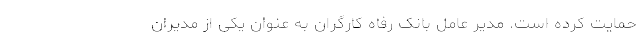
حمایت کرده است. مدیر عامل بانک رفاه کارگران به عنوان یکی از مدیران